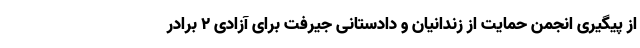
از پیگیری انجمن حمایت از زندانیان و دادستانی جیرفت برای آزادی ۲ برادر